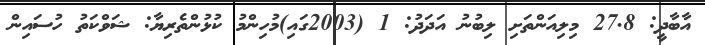
އާބާދީ: 27.8 މިލިއަންތަށި ލިބުނު އަދަދު: 1 (2003ގައި)މުހިންމު ކުޅުންތެރިޔާ: ޝަވްކަތު ހުސައިން